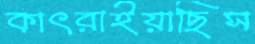
কাৎরাইয়াছিস